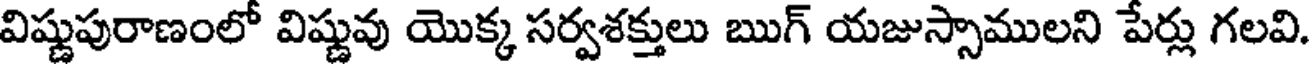
విష్ణుపురాణంలో విష్ణువు యొక్క సర్వశక్తులు ఋగ్ యజుస్సాములని పేర్లు గలవి.